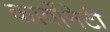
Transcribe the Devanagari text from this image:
कार्बोनेटी